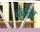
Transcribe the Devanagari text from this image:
वेकुंडा